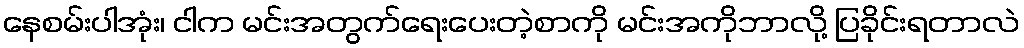
နေစမ်းပါအုံး၊ ငါက မင်းအတွက်ရေးပေးတဲ့စာကို မင်းအကိုဘာလို့ ပြခိုင်းရတာလဲ